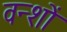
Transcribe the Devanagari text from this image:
वन्शों